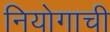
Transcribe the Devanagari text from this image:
नियोगाची